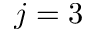
j = 3